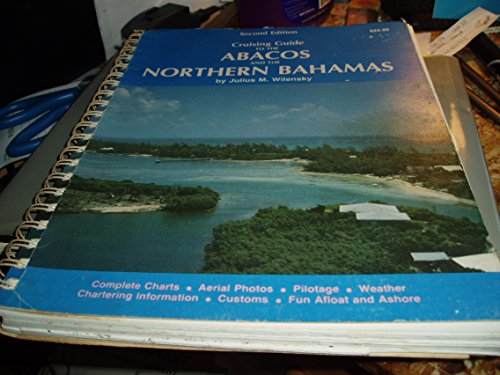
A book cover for Cruising Guide to the Abacos and the Northern Bahamas; Julius M. Wilensky; Travel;